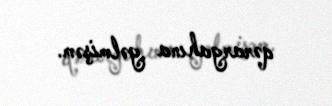
qərargahına gəlmişəm.